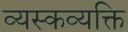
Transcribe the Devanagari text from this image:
व्यस्कव्यक्ति